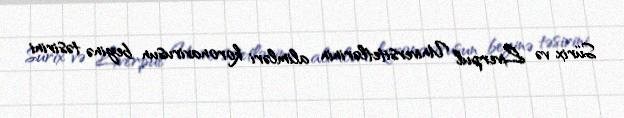
Sürix və Liverpul Universitetlərinin alimləri koronavirusun beyinə təsirini